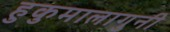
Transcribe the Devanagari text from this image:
हुकुमालागुनी